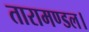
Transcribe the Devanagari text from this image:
तारामण्डल।